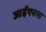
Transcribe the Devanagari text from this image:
आईएक्स